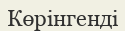
Көрінгенді